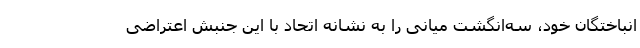
انباختگانِ خود، سه‌انگشت میانی را به نشانهٔ اتحاد با این جنبش اعتراضی